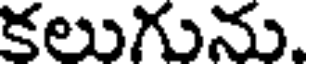
కలుగును.